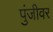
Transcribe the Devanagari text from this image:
पुंजीवर